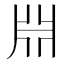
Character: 𣶒